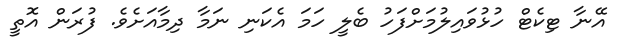
އޭނާ ޓިކެޓް ހުޅުވައިލުމަށްފަހު ބެލީ ހަމަ އެކަނި ނަމާ ދިމާއަށެވެ. ފުރަން އޮތީ